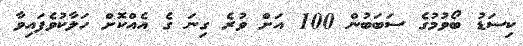
ކިސަޑު ބޯވުމުގެ ސަބަބުން 100 އަށް ވުރެ ގިނަ ގެ އެއްކޮށް ހަލާކުވެފައިވާ